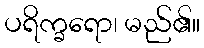
ပရိက္ခရော၊ မည်၏။